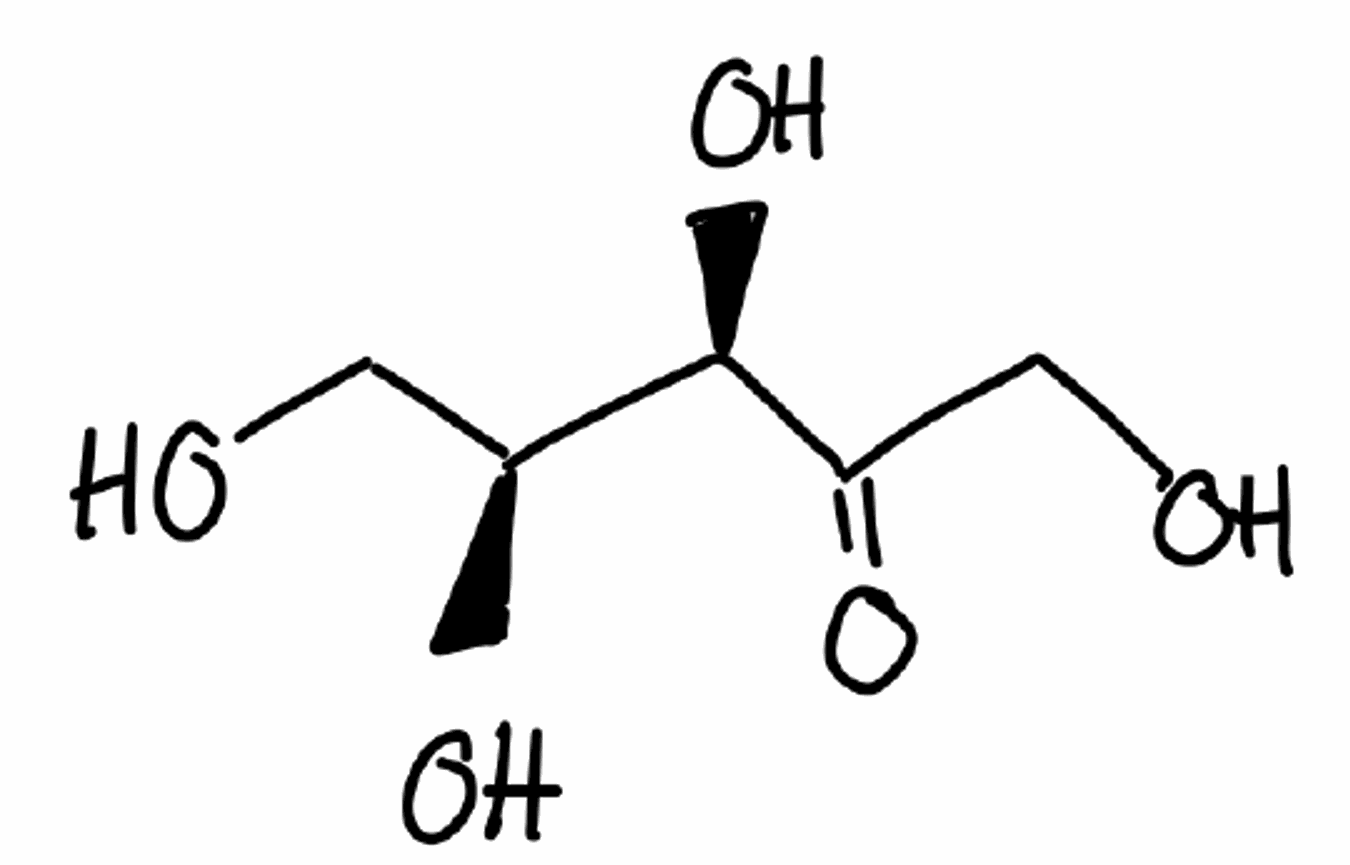
Simplified molecular-input line-entry system (SMILES) notation of the given molecule:
C([C@@H]([C@H](C(=O)CO)O)O)O